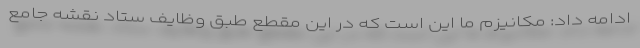
ادامه داد: مکانیزم ما این است که در این مقطع طبق وظایف ستاد نقشه جامع